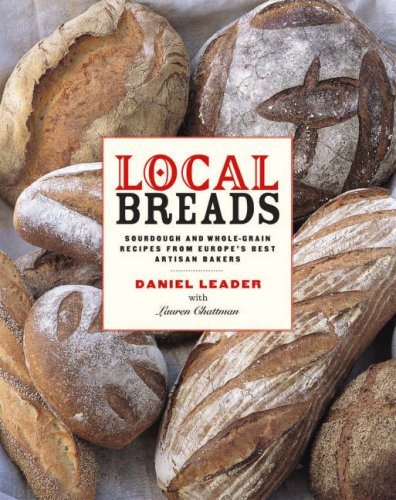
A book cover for Local Breads: Sourdough and Whole-Grain Recipes from Europe's Best Artisan Bakers; Daniel Leader; Cookbooks, Food & Wine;